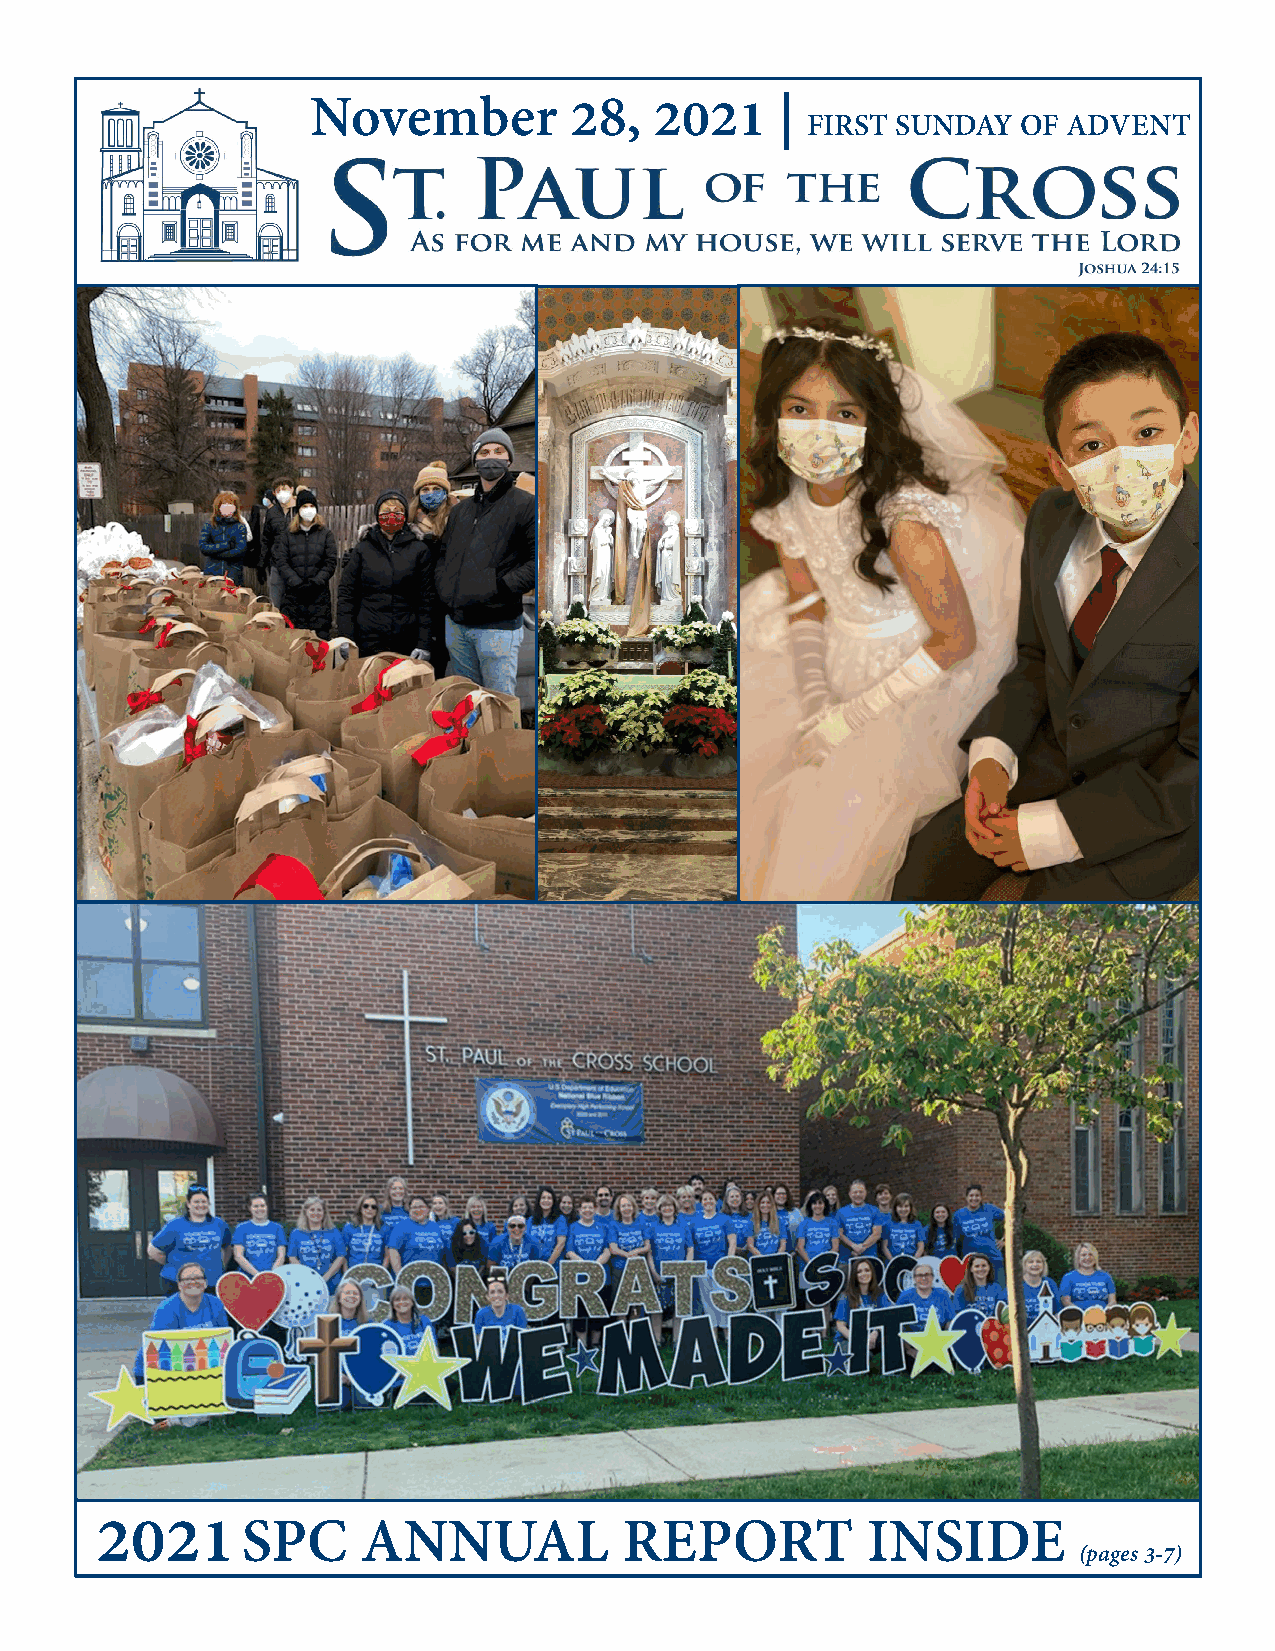
November         28,  2021     |
 FIRST SUNDAY   OF ADVENT
 2021
 SPC     ANNUAL           REPORT          INSIDE
 (pages 3-7)